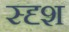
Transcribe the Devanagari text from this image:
स्दृश